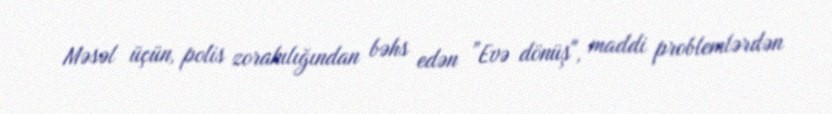
Məsəl üçün, polis zorakılığından bəhs edən ”Evə dönüş", maddi problemlərdən